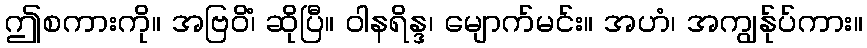
ဤစကားကို။ အဗြဝိံ၊ ဆိုပြီ။ ဝါနရိန္ဒ၊ မျောက်မင်း။ အဟံ၊ အကျွန်ုပ်ကား။